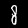
Digit: 8